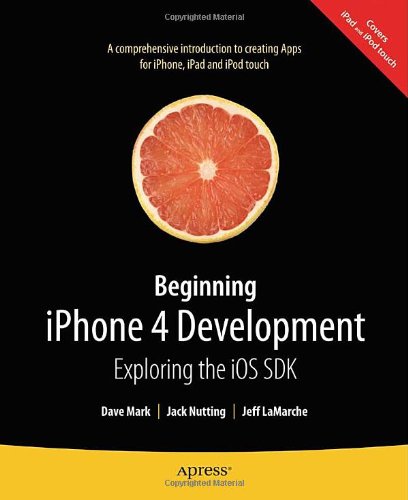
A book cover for Beginning iPhone 4 Development: Exploring the iOS SDK; David Mark; Computers & Technology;